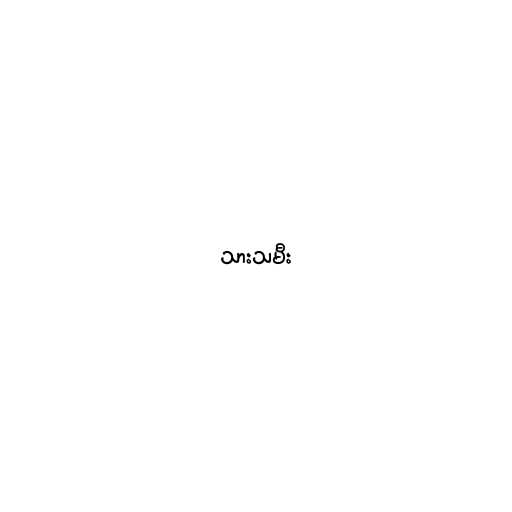
သားသမီး